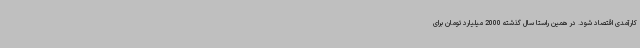
کارآمدی اقتصاد شود. در همین راستا سال گذشته 2000 میلیارد تومان برای